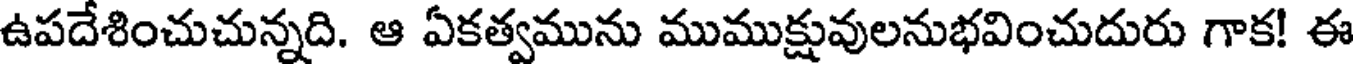
ఉపదేశించుచున్నది. ఆ ఏకత్వమును ముముక్షువులనుభవించుదురు గాక! ఈ